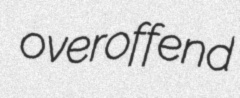
overoffend